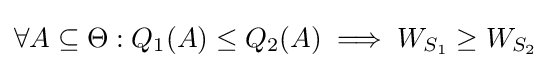
\forall A\subseteq \Theta :Q_{1}(A)\leq Q_{2}(A)\implies W_{S_{1}}\geq W_{S_{2}}